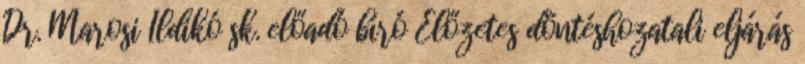
Dr. Marosi Ildikó sk. előadó bíró Előzetes döntéshozatali eljárás